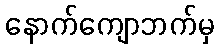
နောက်ကျောဘက်မှ